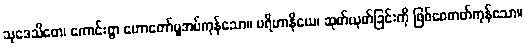
သုဒေသိတေ၊ ကောင်းစွာ ဟောတော်မူအပ်ကုန်သော။ ပရိဟာနိယေ၊ ဆုတ်ယုတ်ခြင်းကို ဖြစ်စေတတ်ကုန်သော။